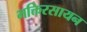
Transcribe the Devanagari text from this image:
भक्तिरसायन